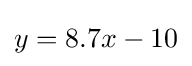
y=8.7x-10